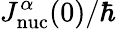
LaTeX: J_{\mathrm{nuc}}^{\alpha}(0)/\hbar